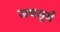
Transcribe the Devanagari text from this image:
जयसूर्य